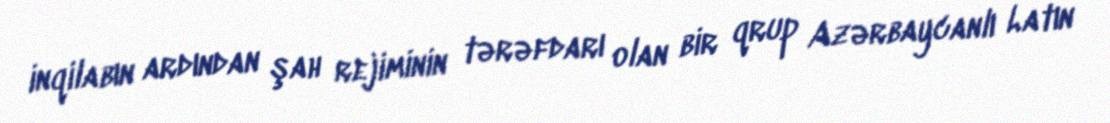
inqilabın ardından şah rejiminin tərəfdarı olan bir qrup Azərbaycanlı Latın